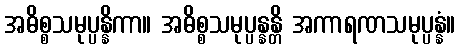
အဓိစ္စသမုပ္ပန္နိကာ။ အဓိစ္စသမုပ္ပန္နန္တိ အကာရဏသမုပ္ပန္နံ။